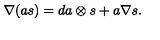
\nabla ( a s ) = d a \otimes s + a \nabla s .